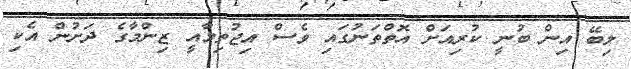
ލިބޭ އިން ބުނީ ކުރިއަށް އޮތްތަނުގައި ވެސް އިޖުތިމާއީ ޒިންމާގެ ދަށުން އެކި